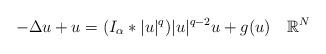
LaTeX: \begin{align*}-\Delta u+u=(I_\alpha \ast |u|^q)|u|^{q-2}u+g(u)\quad\mathbb{R}^N\end{align*}